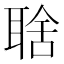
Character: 𦖘